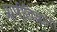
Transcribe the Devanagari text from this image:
प्राणीविज्ञानी